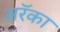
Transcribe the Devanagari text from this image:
अरॅका